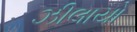
ઝીલાયો